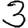
Digit: 3